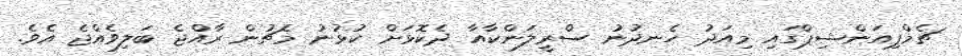
ޗެމްޕިއަންޝިޕްގައި މިއަދު ހެނދުނު ސްރީލަންކާއާ ދެކޮޅަށް ކުޅުނު މެޗުން ރާއްޖެ ބަލިވެއްޖެ އެވެ.